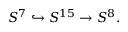
S ^ { 7 } \hookrightarrow S ^ { 1 5 } \to S ^ { 8 } .